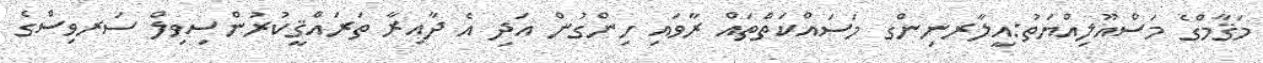
މަޤާމްގެ މަސްއޫލިއްޔަތު:އީލާރނިންގ މަސައްކަތްތައް ރާވައި ހިންގުން އަދި އެ ދާއިރާ ތަރައްޤީކުރުންސިވިލް ސަރވިސްގެ